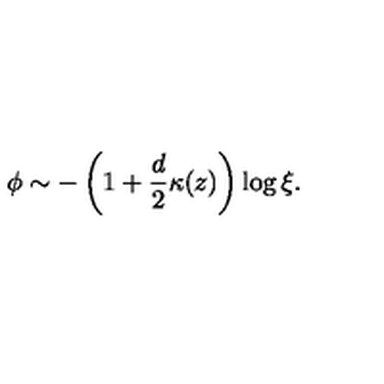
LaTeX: \phi \sim - \left( 1 + \frac { d } { 2 } \kappa ( z ) \right) \log \xi .